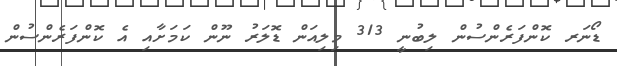
ޑޯނަރ ކޮންފަރެންސުން ލިބުނީ 313 މިލިއަން ޑޮލަރު ނޫން ކަމަށާއި އެ ކޮންފަރެންސުން